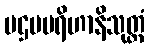
ပဌမပရိဟာနိသုတ္တံ